Dysentery and liver abscess in Bombay - Number 47
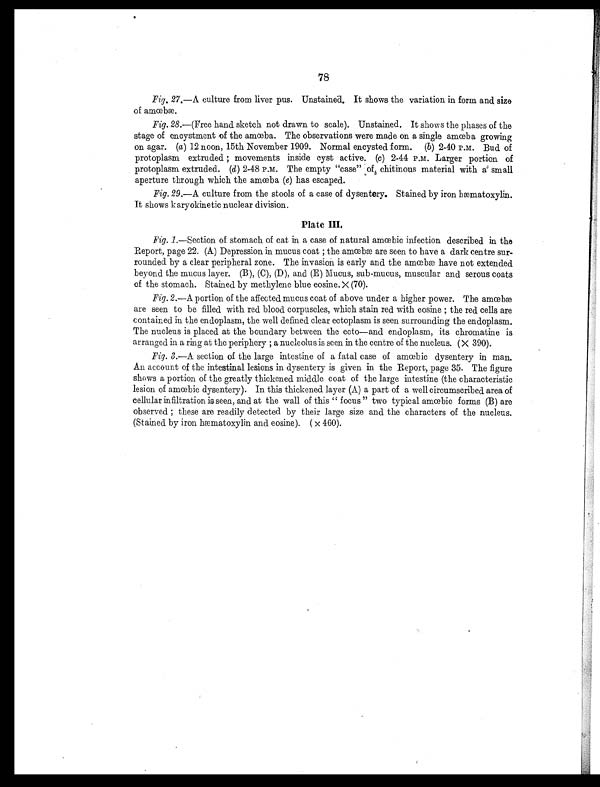
78
Fig. 27.—A culture from liver pus. Unstained. It shows the variation in form and size
of amœbae.
Fig. 28.—(Free hand sketch not drawn to scale). Unstained. It shows the phases of the
stage of encystment of the amœba. The observations were made on a single amœba growing
on agar. (a) 12 noon, 15th November 1909. Normal encysted form. ( b) 2-40 P.M. Bud of
protoplasm extruded ; movements inside cyst active. (c) 2-44 P.M. Larger portion of
protoplasm extruded. (d) 2-48 P.M. The empty "case" of chitinous material with a small
aperture through which the amœba (e) has escaped.
Fig. 29.—A culture from the stools of a case of dysentery. Stained by iron hæmatoxylin.
It shows karyokinetic nuclear division.
Plate III.
Fig. 1 .—Section of stomach of cat in a case of natural amœbic infection described in the
Report, page 22. (A) Depression in mucus coat ; the amœbæ are seen to have a dark centre sur-
rounded by a clear peripheral zone. The invasion is early and the amœbæ have not extended
beyond the mucus layer. (B), (C), (D), and (E) Mucus, sub-mucus, muscular and serous coats
of the stomach. Stained by methylene blue eosine. X (70).
Fig. 2 .—A portion of the affected mucus coat of above under a higher power. The amœbæ
are seen to be filled with red blood corpuscles, which stain red with eosine ; the red cells are
contained in the endoplasm, the well defined clear ectoplasm is seen surrounding the endoplasm.
The nucleus is placed at the boundary between the ecto—and endoplasm, its chromatine is
arranged in a ring at the periphery ; a nucleolus is seen in the centre of the nucleus. ( X 390).
Fig. 3.—A section of the large intestine of a fatal case of amœbic dysentery in man.
An account of the intestinal lesions in dysentery is given in the Report, page 35. The figure
shows a portion of the greatly thickened middle coat of the large intestine (the characteristic
lesion of amœbic dysentery). In this thickened layer (A) a part of a well circumscribed area of
cellular infiltration is seen, and at the wall of this " focus " two typical amœbic forms (B) are
observed ; these are readily detected by their large size and the characters of the nucleus.
(Stained by iron hæmatoxylin and eosine). ( X 460).